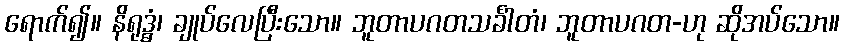
ရောက်၍။ နိရုဒ္ဓံ၊ ချုပ်လေပြီးသော။ ဘူတာပဂတသင်္ခါတံ၊ ဘူတာပဂတ-ဟု ဆိုအပ်သော။